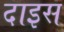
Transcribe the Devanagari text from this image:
दाइस